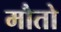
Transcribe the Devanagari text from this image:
मौतो